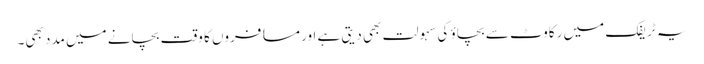
یہ ٹریفک میں رکاوٹ سے بچاؤ کی سہولت بھی دیتی ہے اور مسافروں کا وقت بچانے میں مدد بھی۔